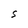
Character: S